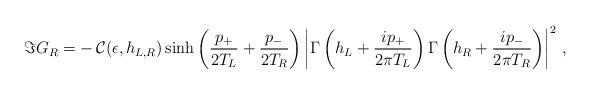
\begin{align*}\Im G_{R} = -\, {\cal C}(\epsilon, h_{L,R}) \sinh{\left( {p_+\over 2 T_L }+ {p_-\over 2 T_R}\right)}\left| \Gamma \left( h_L + {i p_+\over 2 \pi T_L }\right) \Gamma \left( h_R + {i p_-\over 2 \pi T_R }\right)\right|^2\,,\end{align*}